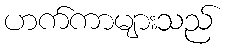
ဟက်ကာများသည်